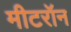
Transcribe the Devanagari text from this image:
मीटरॉन